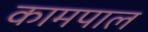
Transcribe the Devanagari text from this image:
कामपाल